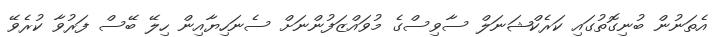
އެތަނުން ބުނިގޮތުގައި ކަރެކްޝަނަލް ސާވިސްގެ މުވައްޒަފުންނަށް ސެނަހިޔާއިން ހިލޭ ބޭސް ފަރުވާ ކުރެވޭ